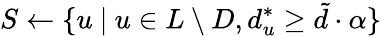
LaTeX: S\gets\{ u\ |\ u\in L\setminus D,d_{u}^{*}\geq\tilde{d}\cdot\alpha\}